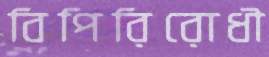
বিপিরিরোধী